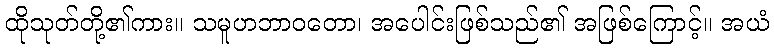
ထိုသုတ်တို့၏ကား။ သမူဟဘာဝတော၊ အပေါင်းဖြစ်သည်၏ အဖြစ်ကြောင့်။ အယံ